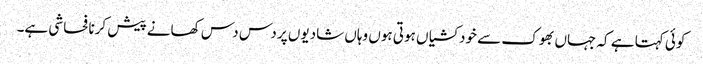
کوئی کہتا ہے کہ جہاں بھوک سے خودکشیاں ہوتی ہوں وہاں شادیوں پر دس دس کھانے پیش کرنا فحاشی ہے۔